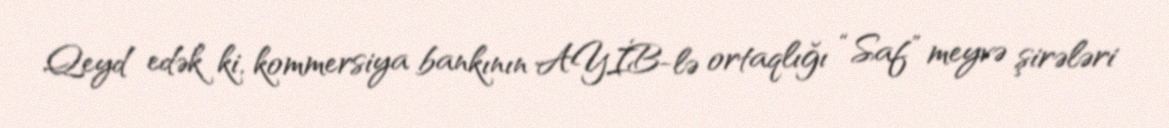
Qeyd edək ki, kommersiya bankının AYİB-lə ortaqlığı “Saf” meyvə şirələri